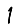
Digit: 1